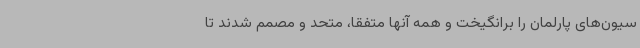
سیون‌های پارلمان را برانگیخت و همه آنها متفقا، متحد و مصمم شدند تا